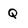
Character: Q